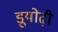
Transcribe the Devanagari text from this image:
डूयोढ़ी